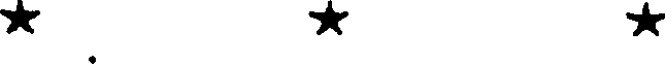
*